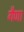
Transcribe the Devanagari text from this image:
गैणा